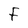
Character: F